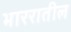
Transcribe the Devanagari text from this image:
भाररातील